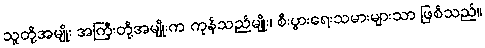
သူတို့အမျိုး အကြီးတို့အမျိုးက ကုန်သည်မျိုး၊ စီးပွားရေးသမားများသာ ဖြစ်သည်။